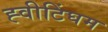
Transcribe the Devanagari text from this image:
ह्वीटिंघम